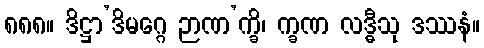
၈၈၈။ ဒိဋ္ဌာ’ဒိမဂ္ဂေ ဉာဏ’က္ခိ၊ က္ခဏ လဒ္ဓီသု ဒဿနံ။